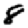
Digit: 8